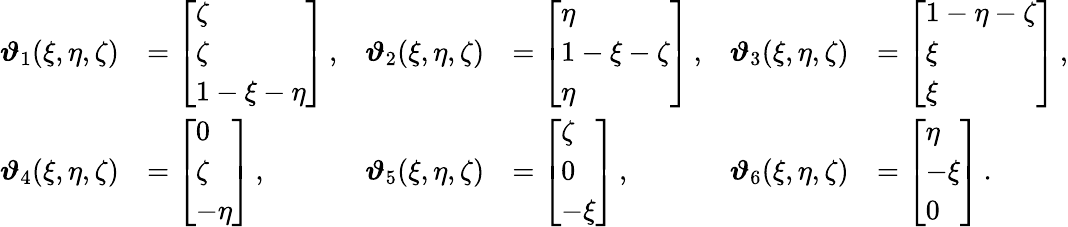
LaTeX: \begin{array}{rlrlrl}{\boldsymbol{\vartheta}_{1}(\xi,\eta,\zeta)}&{=\left[\begin{array}{l}{\zeta}\\ {\zeta}\\ {1-\xi-\eta}\end{array}\right]\, ,}&{\boldsymbol{\vartheta}_{2}(\xi,\eta,\zeta)}&{=\left[\begin{array}{l}{\eta}\\ {1-\xi-\zeta}\\ {\eta}\end{array}\right]\, ,}&{\boldsymbol{\vartheta}_{3}(\xi,\eta,\zeta)}&{=\left[\begin{array}{l}{1-\eta-\zeta}\\ {\xi}\\ {\xi}\end{array}\right]\, ,}\\ {\boldsymbol{\vartheta}_{4}(\xi,\eta,\zeta)}&{=\left[\begin{array}{l}{0}\\ {\zeta}\\ {-\eta}\end{array}\right]\, ,}&{\boldsymbol{\vartheta}_{5}(\xi,\eta,\zeta)}&{=\left[\begin{array}{l}{\zeta}\\ {0}\\ {-\xi}\end{array}\right]\, ,}&{\boldsymbol{\vartheta}_{6}(\xi,\eta,\zeta)}&{=\left[\begin{array}{l}{\eta}\\ {-\xi}\\ {0}\end{array}\right]\, .}\end{array}